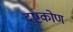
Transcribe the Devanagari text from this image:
द्ष्टकोण